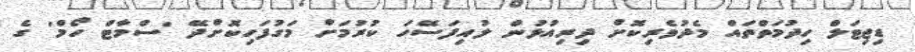
ޑިޖިޓަލް ހިދުމަތްތައް މެދުވެރިކޮށް ދިރިއުޅުން ލުއިފަސޭހަ ކުރުމަށް މަގުފަހިކޮށްދޭ 'ސްމާޓް ހޯމް' ގެ